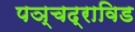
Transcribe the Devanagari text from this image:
पञ्चद्राविड